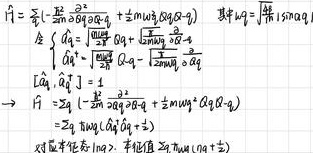
$\hat{H}=\sum_{\vec{q}}(-\frac{\hbar^{2}}{2m}\frac{\partial^{2}}{\partial Q_{\vec{q}}\partial Q_{-\vec{q}}}+\frac{1}{2}m\omega_{\vec{q}}^{2}Q_{\vec{q}}Q_{-\vec{q}})$

其中$m = $质量$;\omega_{\vec{q}}$

令 $\begin{cases}a_{\vec{q}}=\sqrt{\frac{m\omega_{\vec{q}}}{2\hbar}}Q_{\vec{q}}+i\frac{1}{\sqrt{2m\hbar\omega_{\vec{q}}}}\frac{\partial}{\partial Q_{\vec{q}}}\\a_{\vec{q}}^{\dagger}=\sqrt{\frac{m\omega_{\vec{q}}}{2\hbar}}Q_{-\vec{q}}-i\frac{1}{\sqrt{2m\hbar\omega_{\vec{q}}}}\frac{\partial}{\partial Q_{-\vec{q}}}\end{cases}$

$\Rightarrow [a_{\vec{q}},a_{\vec{q}'}^{\dagger}]=\frac{1}{\hbar}\delta_{\vec{q}-\vec{q}'},\quad [a_{\vec{q}},a_{\vec{q}'}]=[a_{\vec{q}}^{\dagger},a_{\vec{q}'}^{\dagger}]=0$

$\Rightarrow \hat{H}=\sum_{\vec{q}}\hbar\omega_{\vec{q}}(-\frac{1}{2m\omega_{\vec{q}}^{2}}\frac{\partial^{2}}{\partial Q_{\vec{q}}\partial Q_{-\vec{q}}}+\frac{1}{2}m\omega_{\vec{q}}^{2}Q_{\vec{q}}Q_{-\vec{q}})$

$=\sum_{\vec{q}}\hbar\omega_{\vec{q}}(a_{\vec{q}}^{\dagger}a_{\vec{q}}+\frac{1}{2})$

对角化后$\Rightarrow$本征值$\sum_{\vec{q}}\hbar\omega_{\vec{q}}(n_{\vec{q}}+\frac{1}{2})$

对$\vec{q}$求和$\Rightarrow E=\sum_{\vec{q}}\hbar\omega_{\vec{q}}(n_{\vec{q}}+\frac{1}{2})$  。